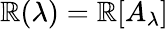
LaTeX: \mathbb{R}(\lambda)=\mathbb{R}[A_{\lambda}]